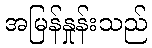
အမြန်နှုန်းသည်